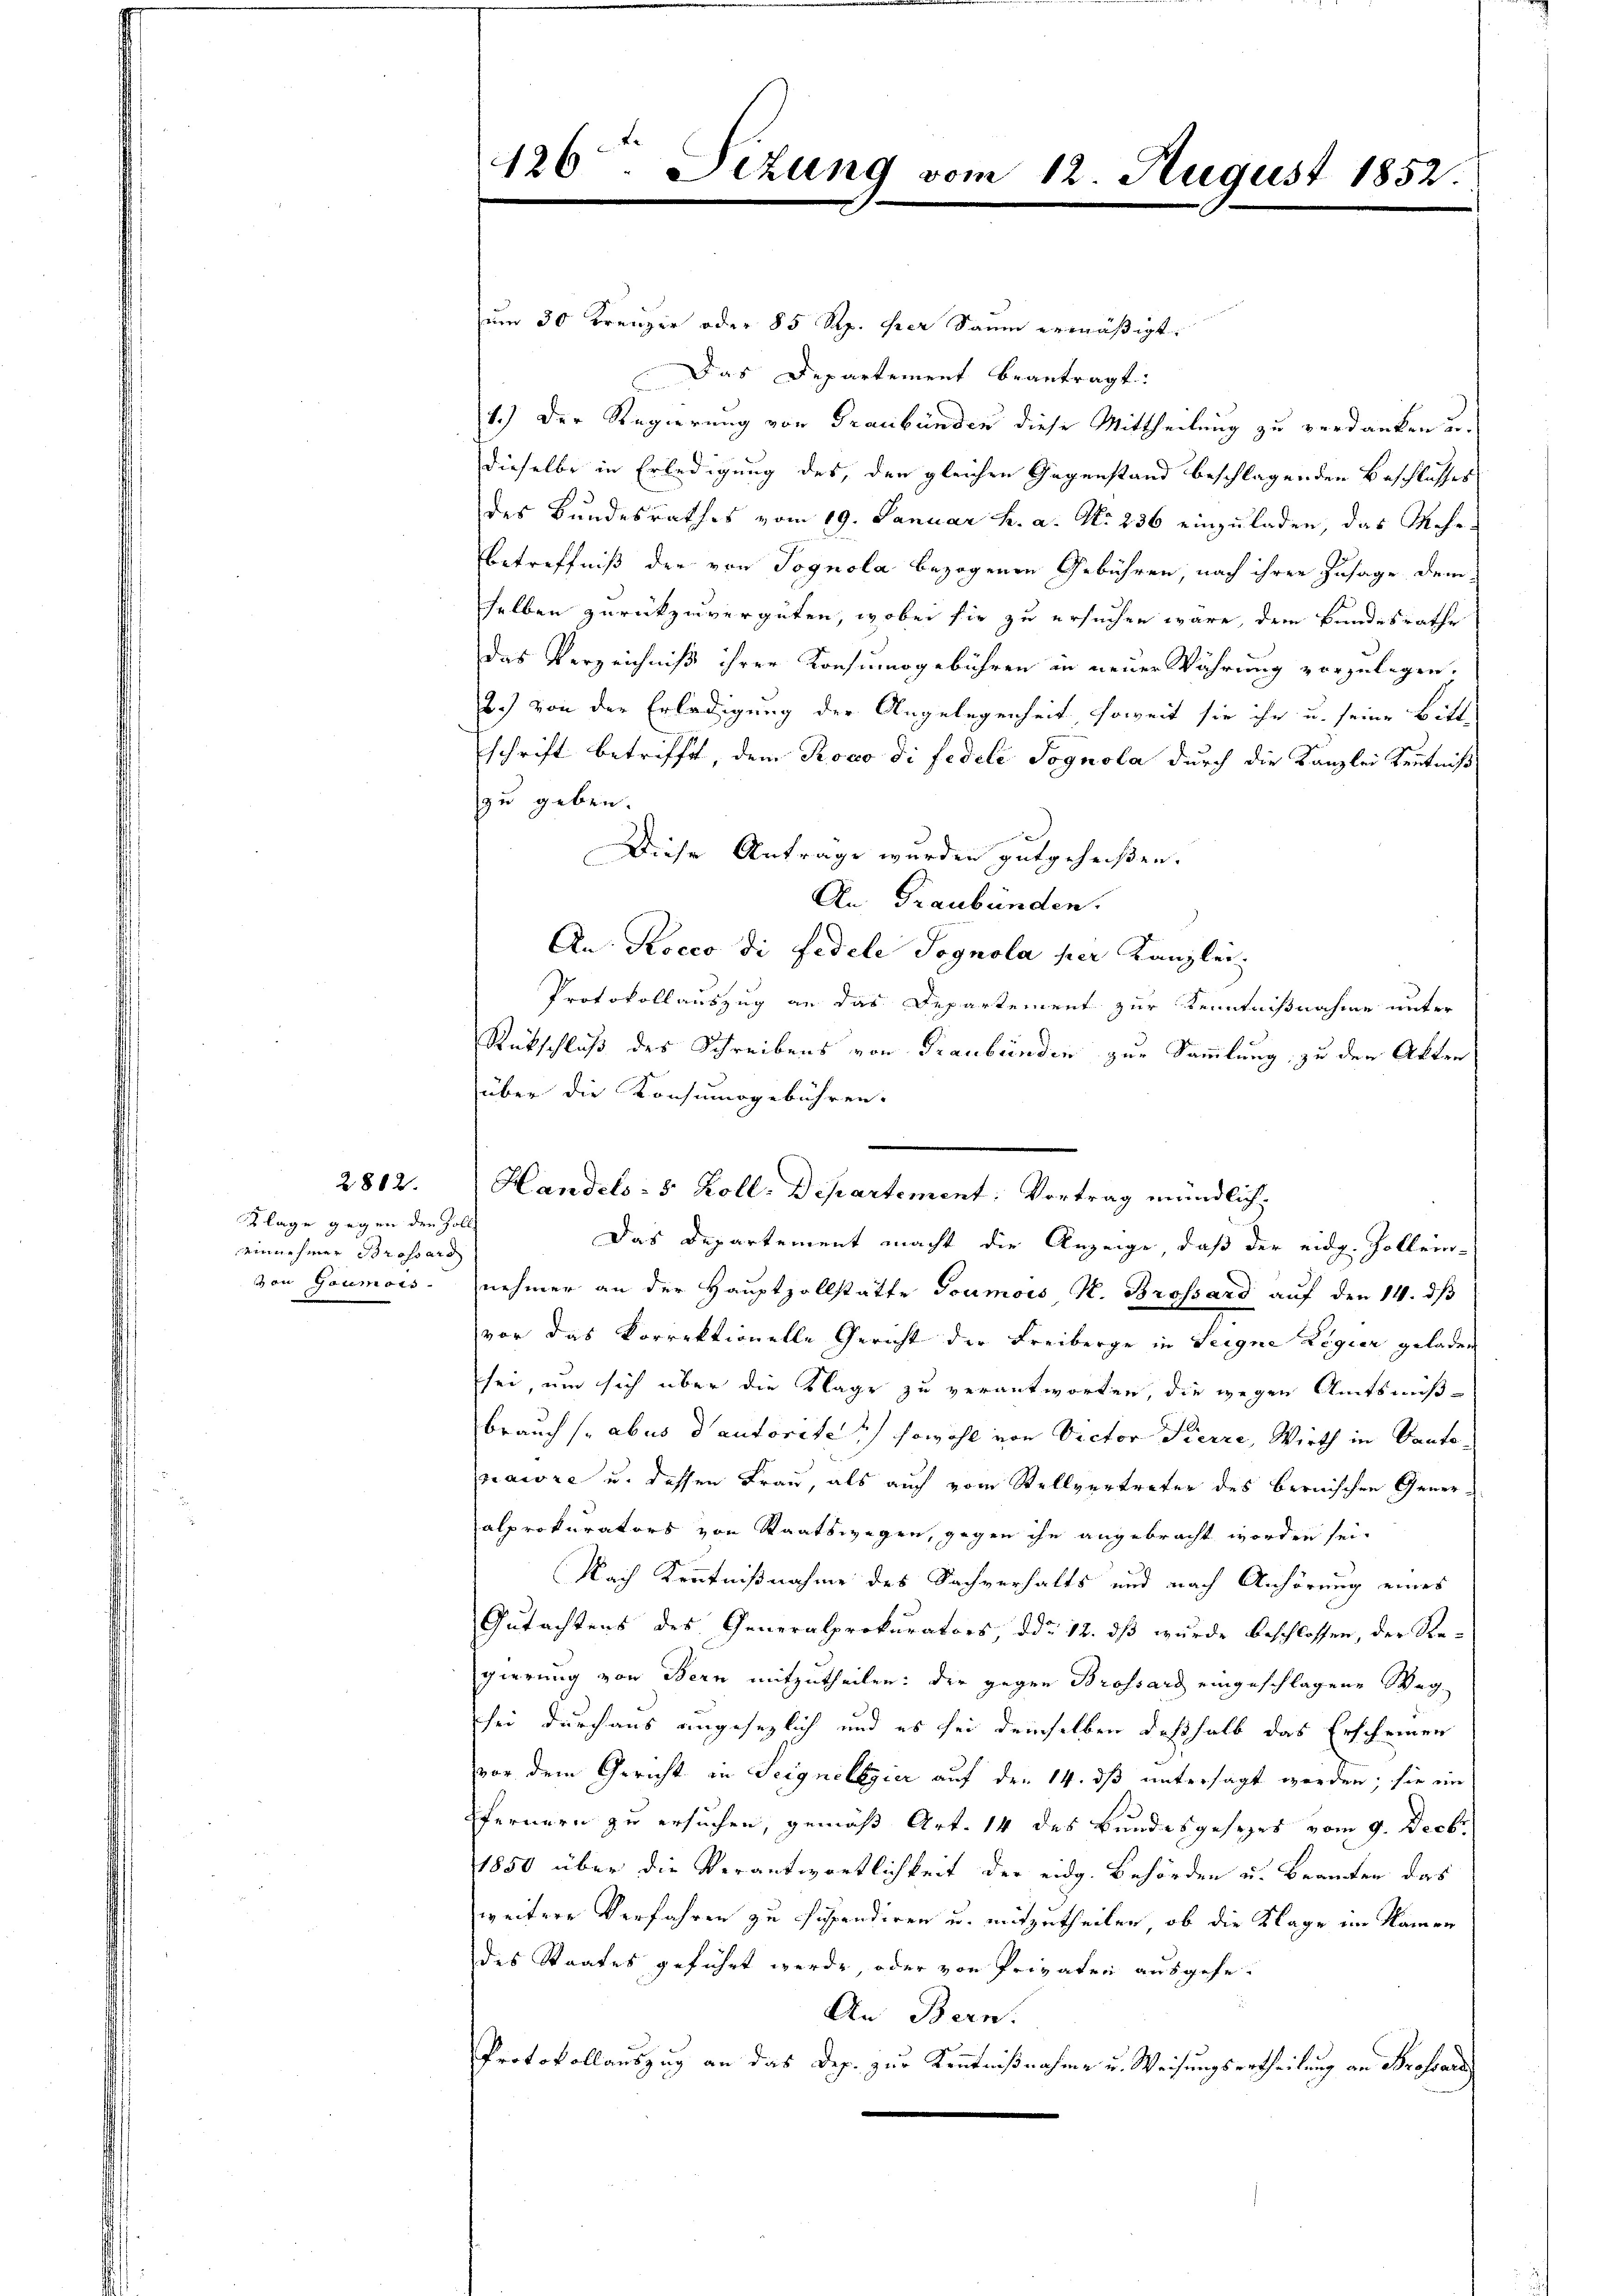
Klage gegen den Zoll
einnehmer Brossard
von Gaumeis

2882.

126. Sizung vom 12. August 1852.

um 30 Krenzer oder 85 Rp. ihrer Saum ermäßigt.
Das Departement beantragt.
1.) Der Regierung von Graubünden diese Mittheilung zu verdanken u.
dieselbe in Erledigung des der gleichen Gegenstand beschlagenden Beschlusses
des Bundesrathes vom 19. Januar h. a. No 236 einzuladen, das Mehr¬
Betreffniß der von Pognola bezogenen Gebühren nach ihrer Zusage dem
selben zurückzuvergüten, wobei sie zu ersuchen wäre, dem Bundesrathe
das Verzeichniß ihrer Konsumsgebühren in neuer Währung vorzulegen.
2.) von der Erledigung der Angelegenheit, soweit sie ihr u. seine Bittschrift betrifft, dem Roco di fedele Pognola durch die Kanzlei Kenntniß
zu geben.
Diese Antrage werden gutgeheißen.
An Graubünden.
An: Rocco di Fidele Sognola per Kanzlei,
Protokollauszug an das Departement zur Kenntnißnahme unter
Rütschluß des Schreibens von Graubünden zur Sammlung zu den Akten
über die Konsumsgebühren.
nehmer an der Hauptzollstätte Goumois H. Brossard auf den 14. dβ
vor das Korrektionelle Gericht der Freiberge in Seigne Legier geladen
sei, um sich über die Klage zu verantworten, die wegen Amtsmißbrauch (aber d autorites) sowohl von Victor Pierre, Wirth in Kantopraire u. dessen Frau, als auch vom Stellvertreter des bernischen Generalprokurators von Staatswegen, gegen ihn angebracht worden sei.
Nach Kenntnißnahme des Sachverhalts und nach Anhörung eines
Gutachtens des Generalprokurators, ddo 12. dß wurde beschlossen, der Regierung von Bern mitzutheilen: der gegen Brossard eingeschlagene Weg
sei durchaus angesezlich und es sei demselben deßhalb das Erscheinen
vor dem Gericht in Seignelbgier auf den 14. dß untersagt werden; sie im
fernern zu ersuchen, gemäß Art. 14 des Bundesgesezes vom 9. Decbr.
1850 über die Verantwortlichkeit der eidg. Behörden u. Beamten das
weitere Verfahren zu suspendiren u. mitzutheilen, ob die Klage im Namen
des Staates geführt werde, oder von Privaten ausgehe.
An Bern.
Protokollauszug an das Dep. zur Kenntnißnahme u. Weisungsurtheilung an Brossard

Handels- & Koll. Departement: Vortrag mündlich,
Das Departement macht die Anzeige, daß der eidg. Zollein-